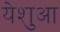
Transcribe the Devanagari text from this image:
येशुआ